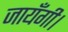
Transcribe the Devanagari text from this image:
जायँगी।